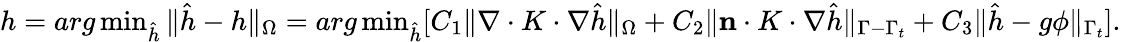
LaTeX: \begin{array}{r}{h=arg\operatorname*{min}_{\hat{h}}\| \hat{h}-h\| _{\Omega}=arg\operatorname*{min}_{\hat{h}}[C_{1}\| \nabla\cdot K\cdot\nabla\hat{h}\| _{\Omega}+C_{2}\| \mathbf{n}\cdot K\cdot\nabla\hat{h}\| _{\Gamma-\Gamma_{t}}+C_{3}\| \hat{h}-g\phi\| _{\Gamma_{t}}].}\end{array}